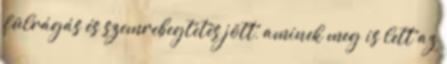
fülrágás és szemrebegtetés jött, aminek meg is lett az